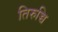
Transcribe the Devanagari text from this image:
तिरुच्चि